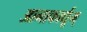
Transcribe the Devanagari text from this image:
आनाकार्द्यूम्